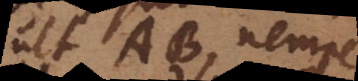
vult AB, nempe